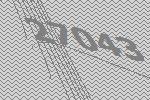
27043